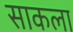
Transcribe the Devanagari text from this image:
साकला